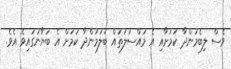
ވެސް ލިބެމުންދާ ކަމަށާއި އެ މައްސަލަތައް ބަލަމުންދާ ކަމަށް އެ ބަޔާނުގައިވެ އެވެ.